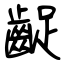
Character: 齪